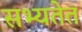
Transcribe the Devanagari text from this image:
सभ्यतेत